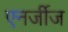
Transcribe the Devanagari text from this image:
एनर्जीज